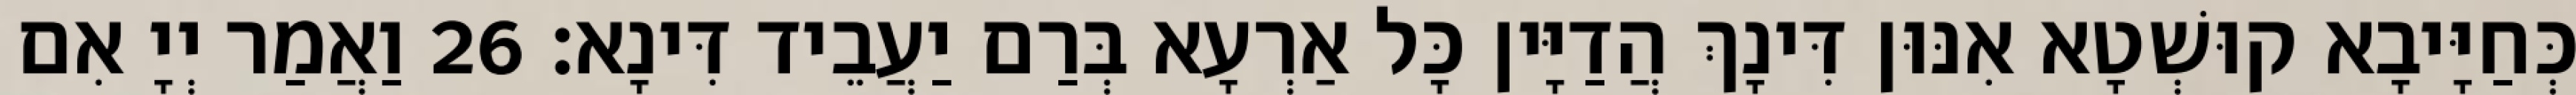
כְּחַיָּיבָא קוּשְׁטָא אִנּוּן דִּינָךְ הֲדַיָּין כָּל אַרְעָא בְּרַם יַעֲבֵיד דִּינָא׃ 26 וַאֲמַר יְיָ אִם